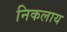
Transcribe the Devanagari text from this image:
निकलाय